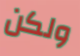
ولكن